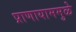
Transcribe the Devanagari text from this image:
प्राणायाममुळे